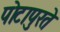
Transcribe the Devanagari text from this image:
पोटापुरते